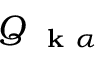
Q _ { \mathrm { ~ \bf ~ k ~ } \alpha }